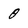
Character: 0